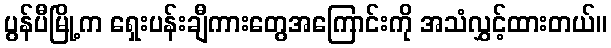
ပွန်ပီမြို့က ရှေးပန်းချီကားတွေအကြောင်းကို အသံလွှင့်ထားတယ်။